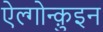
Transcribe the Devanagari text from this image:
ऐल्गोन्क़ुइन